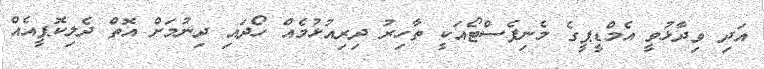
އަދި ވިދާޅުވީ އެމްޑީޕީގެ މެނިފެސްޓޯއަކީ ތާހިރު ދިރިއުޅުމެއް ހޯދައި ދިނުމަށް އޮތް ދެލިކޮޕީއެއް